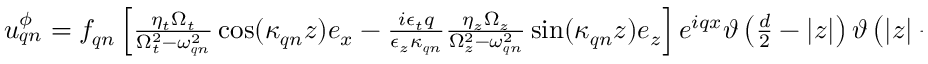
\begin{array} { r } { \boldsymbol { u } _ { \boldsymbol { q } n } ^ { \phi } = f _ { \boldsymbol { q } n } \left[ \frac { \eta _ { t } \Omega _ { t } } { \Omega _ { t } ^ { 2 } - \omega _ { \boldsymbol { q } n } ^ { 2 } } \cos ( \kappa _ { \boldsymbol { q } n } z ) \boldsymbol { e } _ { x } - \frac { i \epsilon _ { t } q } { \epsilon _ { z } \kappa _ { \boldsymbol { q } n } } \frac { \eta _ { z } \Omega _ { z } } { \Omega _ { z } ^ { 2 } - \omega _ { \boldsymbol { q } n } ^ { 2 } } \sin ( \kappa _ { \boldsymbol { q } n } z ) \boldsymbol { e } _ { z } \right] e ^ { i q x } \vartheta \left( \frac { d } { 2 } - | z | \right) \vartheta \left( | z | - \frac { \delta } { 2 } \right) . } \end{array}